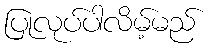
ပြုလုပ်ပါလိမ့်မည်